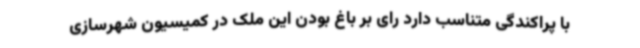
با پراکندگی متناسب دارد رای بر باغ بودن این ملک در کمیسیون شهرسازی